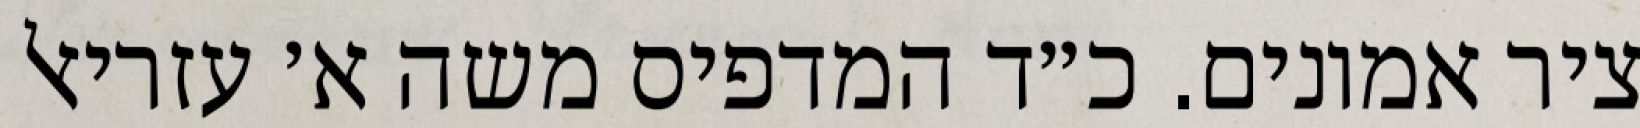
ציר אמונים. כ״ד המדפיס משה א׳ עזריאל